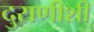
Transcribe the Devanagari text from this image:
दुराणीशी